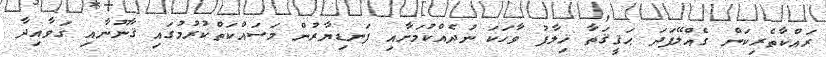
ރައްކާތެރިކަން ގެއްލޭފަދަ ޙަޤީޤަތާ ޚިލާފު ވާހަކަ ނުދެއްކުމަށާއި ފަނޑިޔާރުން މަސައްކަތްކުރުމުގައި ޤާނޫނާއި ގަވާއިދާ